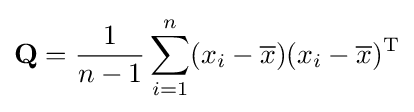
\mathbf {Q} ={1 \over {n-1}}\sum _{i=1}^{n}(x_{i}-{\overline {x}})(x_{i}-{\overline {x}})^{\mathrm {T} }